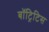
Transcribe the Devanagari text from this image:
बॉट्रिटिस